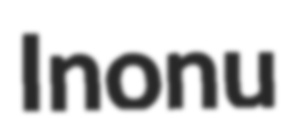
Inonu